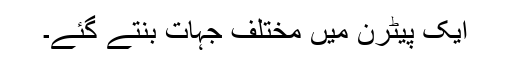
ایک پیٹرن میں مختلف جہات بنتے گئے۔